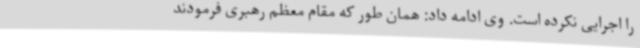
را اجرایی نکرده است. وی ادامه داد: همان طور که مقام معظم رهبری فرمودند